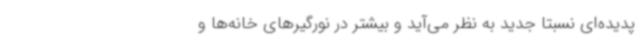
پدیده‌ای نسبتا جدید به نظر می‌آید و بیشتر در نورگیرهای خانه‌ها و